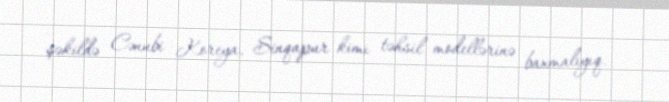
şəkildə Cənubi Koreya, Sinqapur kimi təhsil modellərinə baxmalıyıq.